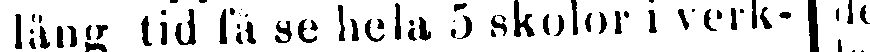
för lång tid få se hela 5 skolor i verk-